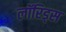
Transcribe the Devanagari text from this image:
लॉरिड्स